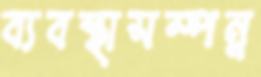
ব্যবস্থাসম্পন্ন